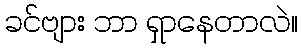
ခင်ဗျား ဘာ ရှာနေတာလဲ။